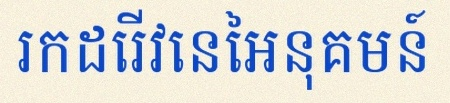
រកដេរីវេនៃអនុគមន៍